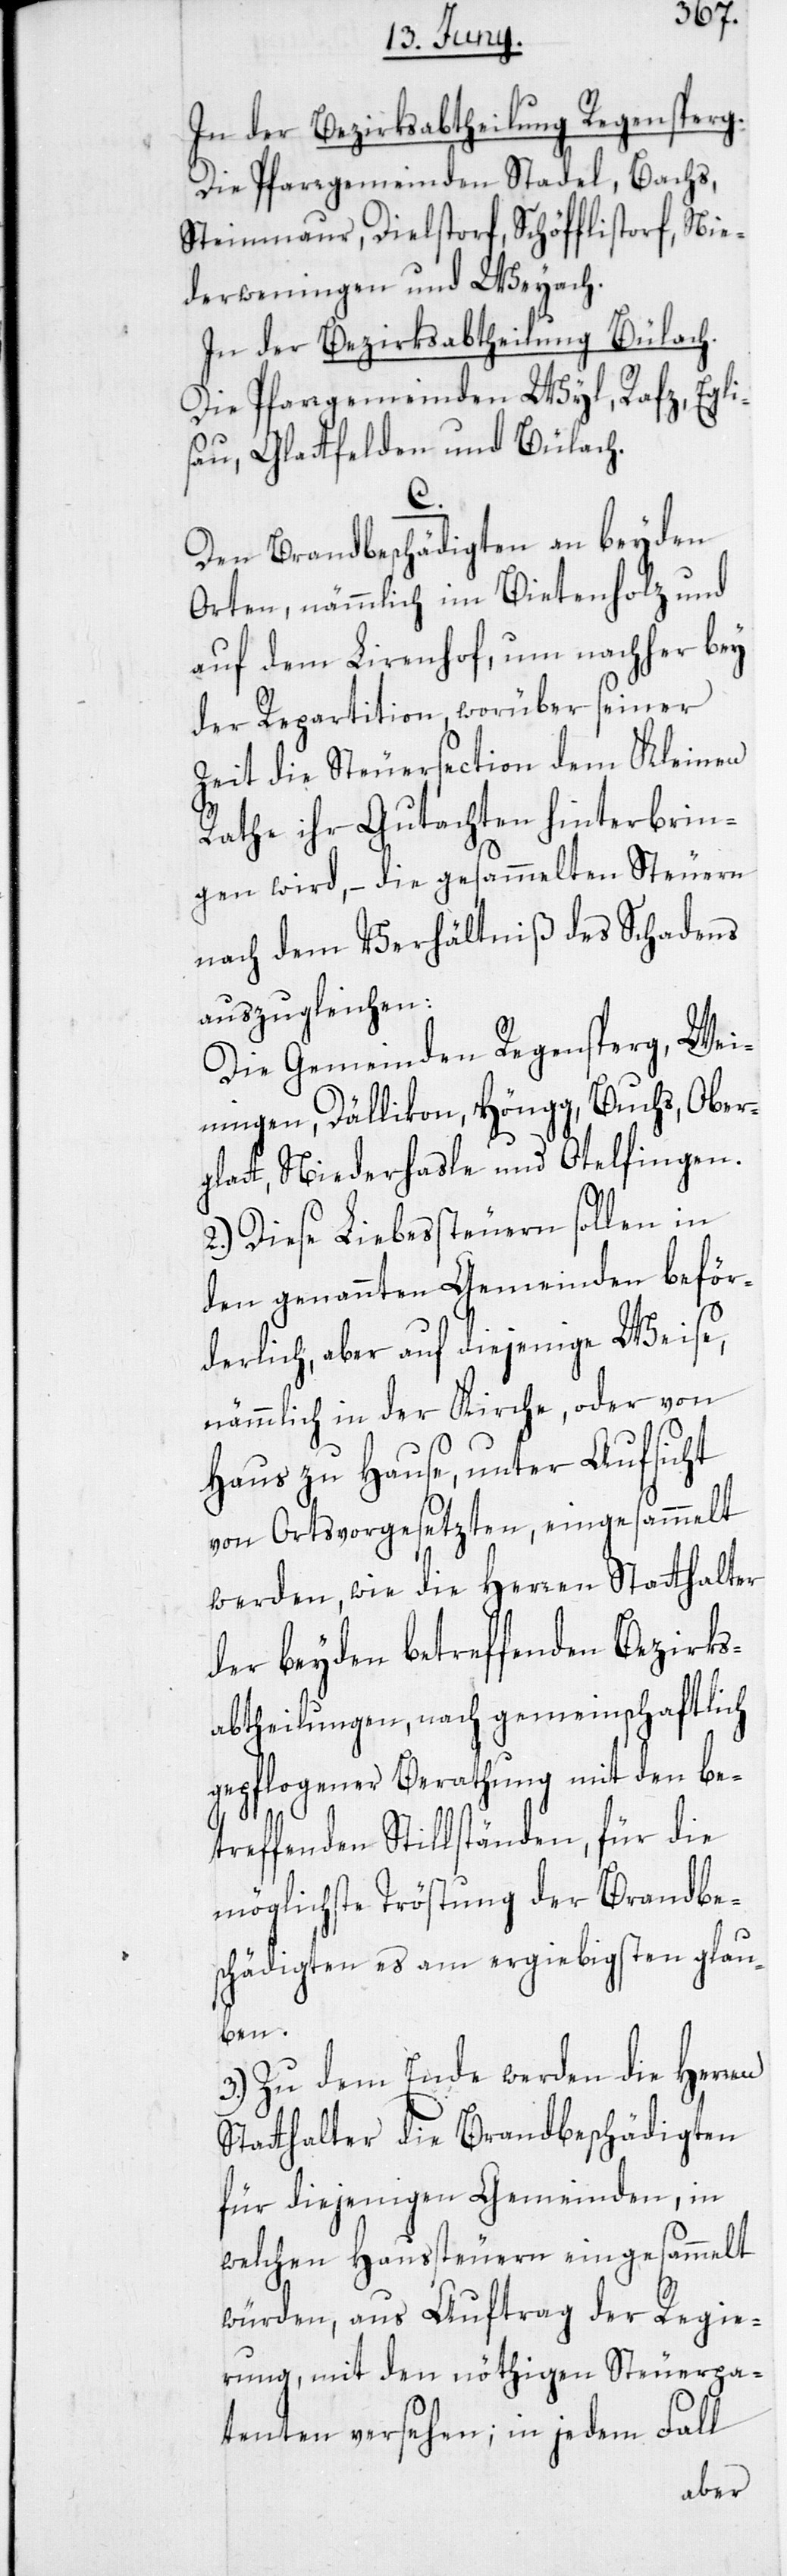
In der Bezirksabtheilung Regensperg:
Die Pfarrgemeinden Stadel, Bachs,
Steinmaur, Dielstorf, Schöfflistorf, Nie¬
derweningen und Weyach.
In der Bezirksabtheilung Bülach.
Die Pfarrgemeinden Wyl, Rafz, Egli¬
sau, Glattfelden und Bülach.
C.
Den Brandbeschädigten an beyden
Orten, nämmlich im Bietenholz und
auf dem Lirenhof, um nachher bey
der Repartition, worüber seiner
Zeit die Steuersection dem Kleinen
Rathe ihr Gutachten hinterbrin¬
gen wird, – die gesammelten Steuern
nach dem Verhältniß des Schadens
auszugleichen:
Die Gemeinden Regensperg, Wei¬
ningen, Dällikon, Höngg, Buchs, Ober¬
glatt, Niederhasle und Otelfingen.
Diese Liebessteuern sollen in
den genannten Gemeinden beför¬
derlich, aber auf diejenige Weise,
nämmlich in der Kirche, oder von
Haus zu Hause, unter Aufsicht
von Ortsvorgesetzten, eingesammelt
werden, wie die Herren Statthalter
der beyden betreffenden Bezirks¬
abtheilungen, nach gemeinschaftlich
gepflogener Berathung mit den be¬
treffenden Stillständen, für die
möglichste Tröstung der Brandbe¬
schädigten es am ergiebigsten glau¬
ben.
3.) Zu dem Ende werden die Herren
Statthalter die Brandbeschädigten
für diejenigen Gemeinden, in
welchen Haussteuern eingesammelt
würden, aus Auftrag der Regie¬
rung, mit den nöthigen Steuerpa¬
tenten versehen; in jedem Fall